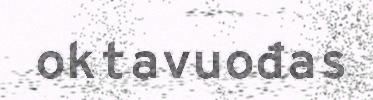
oktavuođas